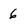
Character: 6